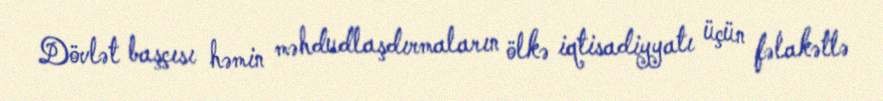
Dövlət başçısı həmin məhdudlaşdırmaların ölkə iqtisadiyyatı üçün fəlakətlə